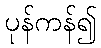
ပုန်ကန်၍